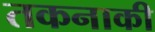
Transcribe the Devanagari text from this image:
तकनाकी